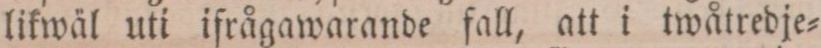
likwäl uti ifrågawarande fall, att i twåtredje=